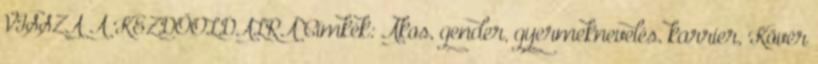
VISSZA A KEZDŐOLDALRA Címkék: Ákos, gender, gyermeknevelés, karrier, Kövér